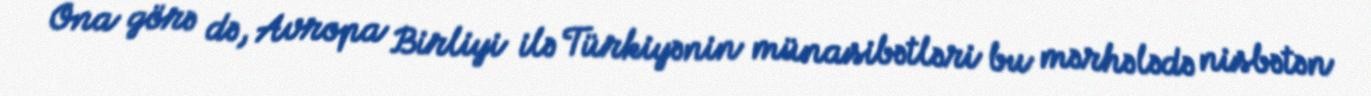
Ona görə də, Avropa Birliyi ilə Türkiyənin münasibətləri bu mərhələdə nisbətən